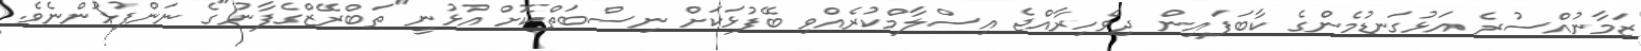
ޒަމާނުއްސުރެ އަޅުގަނޑުމެންގެ ކާބަފައިން ދިވެހިރާއްޖެ އިސްލާމްކުރެއްވި ބޭފުޅަކަށް ނިސްބަތްކޮށް އުޅުނީ "ތަބްރޭޒްގެފާނު"ގެ ނަންފުޅުންނެވެ.